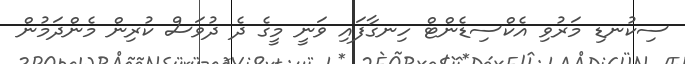
ސިކުނޑި މަރުވި އެކްސިޑެންޓް ހިނގާފައި ވަނީ މީގެ ދެ ދުވަސް ކުރިން މެންދަމުން